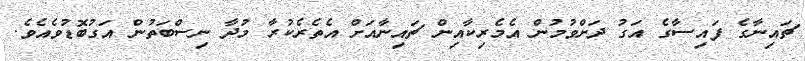
ޗައިނާގެ ފައިސާގެ އަގު ދަށްވުމުން އެމެރިކާއިން ޗައިނާއަށް އެތެރެކުރާ މުދާ ނިސްބަތުން އަގުބޮޑުވެއެވެ.